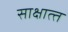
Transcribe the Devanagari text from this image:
साक्षात्‍त